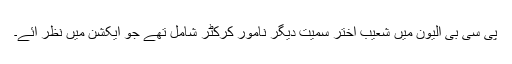
پی سی بی الیون میں شعیب اختر سمیت دیگر نامور کرکٹر شامل تھے جو ایکشن میں نظر آئے۔